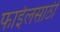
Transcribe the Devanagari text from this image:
फाईलसाठी